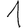
Digit: 1